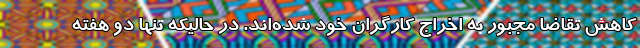
کاهش تقاضا مجبور به اخراج کارگران خود شده‌اند. در حالیکه تنها دو هفته